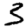
Digit: 3